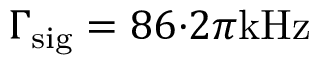
\Gamma _ { \mathrm { s i g } } = 8 6 { \cdot } 2 \pi \mathrm { k H z }